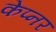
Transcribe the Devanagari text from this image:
केप्नर